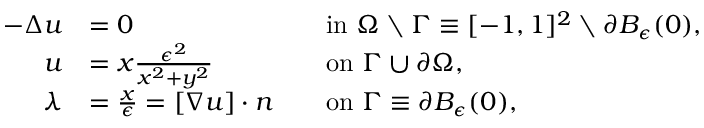
\begin{array} { r l r l } { - \Delta u } & { = 0 } & & { \mathrm { i n } \ \Omega \setminus \Gamma \equiv [ - 1 , 1 ] ^ { 2 } \setminus \partial B _ { \epsilon } ( 0 ) , } \\ { u } & { = x \frac { \epsilon ^ { 2 } } { x ^ { 2 } + y ^ { 2 } } } & & { \mathrm { o n } \ \Gamma \cup \partial \Omega , } \\ { \lambda } & { = \frac { x } { \epsilon } = [ \nabla u ] \cdot n } & & { \mathrm { o n } \ \Gamma \equiv \partial B _ { \epsilon } ( 0 ) , } \end{array}